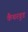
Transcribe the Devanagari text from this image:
कैथरवुड